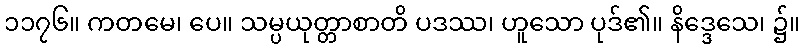
၁၁၇၆။ ကတမေ၊ ပေ။ သမ္ပယုတ္တာစာတိ ပဒဿ၊ ဟူသော ပုဒ်၏။ နိဒ္ဒေသေ၊ ၌။